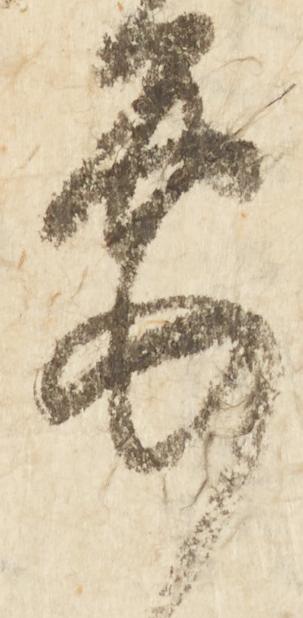
要